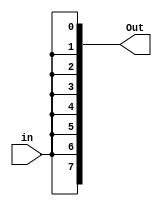
module eight_bit_splitter(in, Out);

	parameter SIZE = 8;
	input in;
	
	
	output [SIZE-1:0] Out;
	assign Out[0] = in;
	assign Out[1] = in;
	assign Out[2] = in;
	assign Out[3] = in;
	assign Out[4] = in;
	assign Out[5] = in;
	assign Out[6] = in;
	assign Out[7] = in;

endmodule